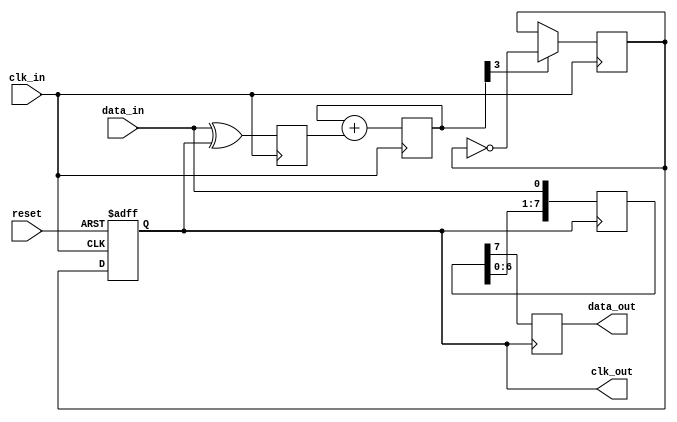
module PLL (
    input wire clk_in,      // Incoming clock signal
    input wire data_in,     // Incoming data signal
    input wire reset,       // Reset signal
    output reg clk_out,     // Output clock signal
    output reg data_out      // Synchronized output data
);

// Phase Detector
reg phase_error;
always @(posedge clk_in) begin
    // Simple phase detector logic (Example: XOR for phase detection)
    phase_error <= (data_in ^ clk_out);
end

// Loop Filter
reg [3:0] loop_filter_out;
always @(posedge clk_in) begin
    // A simple first-order IIR filter for smoothing
    loop_filter_out <= loop_filter_out + phase_error; // Adjust filter coefficients as necessary
end

// Voltage-Controlled Oscillator (VCO)
reg vco_out;
always @(posedge clk_in) begin
    // Simple VCO logic (frequency controlled by loop_filter_out)
    if(loop_filter_out[3]) begin
        vco_out <= ~vco_out; // Toggle output based on filter output
    end
end

// Memory Block (e.g., Shift Register)
reg [7:0] shift_reg;
always @(posedge clk_out) begin
    shift_reg <= {shift_reg[6:0], data_in}; // Shift in new data
end

// Clock Output Logic
always @(posedge clk_in or posedge reset) begin
    if (reset) begin
        clk_out <= 0;
    end else begin
        clk_out <= vco_out;
    end
end

// Output Data Logic
always @(posedge clk_out) begin
    data_out <= shift_reg[7]; // Output the last bit stored in shift register
end

endmodule